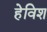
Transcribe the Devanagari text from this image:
हेविश